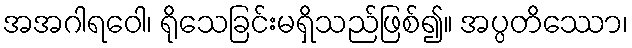
အအဂါရဝေါ၊ ရိုသေခြင်းမရှိသည်ဖြစ်၍။ အပ္ပတိဿော၊